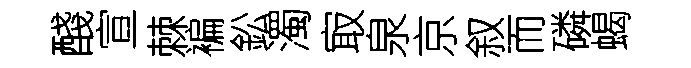
醆宣棘褊鈆濁㝡泉京叙而磷蝎